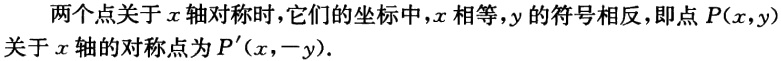
两个点关于\(x\)轴对称时，它们的坐标中，\(x\)相等，\(y\)的符号相反，即点\(P(x,y)\)关于\(x\)轴的对称点为\(P'(x,-y)\)。